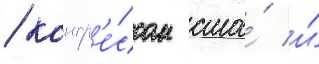
/ конгр'е́ссом сша́ и́